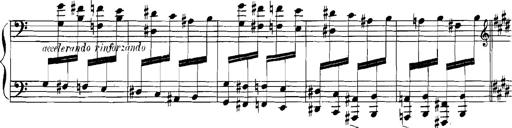
Title: Rhapsodies hongroises
Composer: Franz Liszt